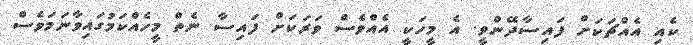
ކެއި އެއްޗަކަަށް ފައިސާދޭންވީ. އެ މީހަކީ އެއްވެސް ވަރަކަށް ފައިސާ ނެތް މީހެއްކަމުގައިވާނަމަވެސް